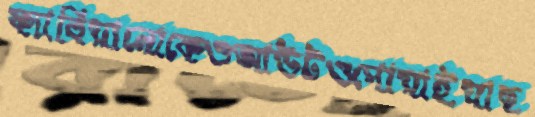
ফ্যাবিয়ানোকেওআউটওপোয়াইয়াছ